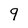
Character: 9